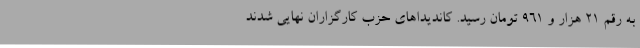
به رقم ۲۱ هزار و ۹۶۱ تومان رسید. کاندیداهای حزب کارگزاران نهایی شدند